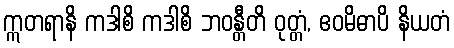
ဣတရာနိ ကဒါစိ ကဒါစိ ဘဝန္တီတိ ဝုတ္တံ, ဧဝမိဓာပိ နိယတံ